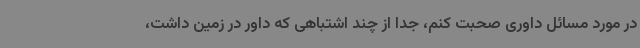
در مورد مسائل داوری صحبت کنم، جدا از چند اشتباهی که داور در زمین داشت،